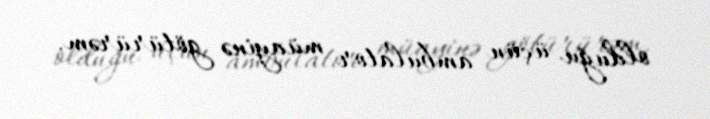
olduğu üçün ambulator müayinə götürürəm.